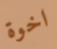
اخوة